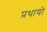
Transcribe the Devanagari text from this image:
प्रथायो